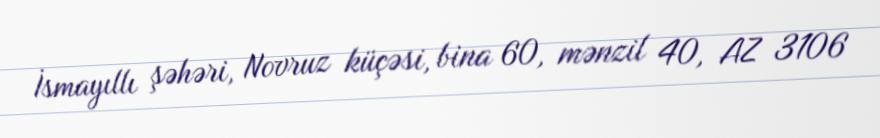
İsmayıllı şəhəri, Novruz küçəsi, bina 60, mənzil 40, AZ 3106